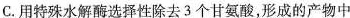
C.用特殊水解酶选择性除去3个甘氨酸，形成的产物中